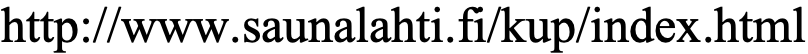
http://www.saunalahti.fi/kup/index.html